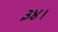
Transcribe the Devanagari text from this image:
३४।